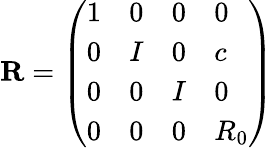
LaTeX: {\mathbf R}=\left(\begin{array}{llll}{{1}}&{{0}}&{{0}}&{{0}}\\ {{0}}&{{I}}&{{0}}&{{c}}\\ {{0}}&{{0}}&{{I}}&{{0}}\\ {{0}}&{{0}}&{{0}}&{{R_{0}}}\end{array}\right)